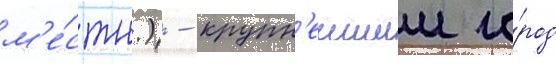
м'е́стн.) - крупн'еишии го́род